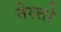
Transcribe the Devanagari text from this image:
तेल्तो